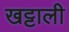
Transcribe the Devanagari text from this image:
खट्टाली